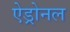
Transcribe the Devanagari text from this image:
ऐड्रोनल